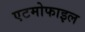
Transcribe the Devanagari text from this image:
एटमोफाइल